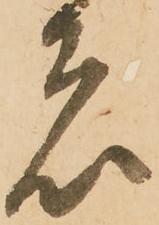
者